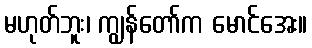
မဟုတ်ဘူး၊ ကျွန်တော်က မောင်အေး။